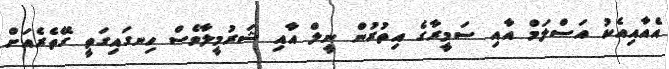
އެއާއިއެކު އަސްލަމް އާއި ސަމީރާގެ އިތުރުން ނީލް އާއި ޝަރުމީލާވެސް ހިނގައިގަތީ ގޭތެރެއަށް